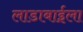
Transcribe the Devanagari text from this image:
लाडाबाईला